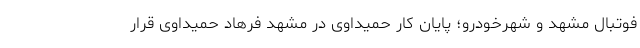
فوتبال مشهد و شهرخودرو؛ پایان کار حمیداوی در مشهد فرهاد حمیداوی قرار